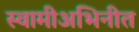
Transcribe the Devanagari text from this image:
स्वामीअभिनीत